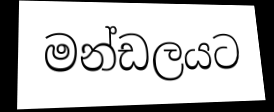
මන්ඩලයට